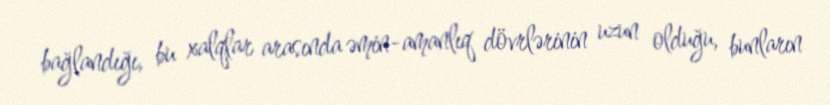
bağlandığı, bu xalqlar arasında əmin-amanlıq dövrlərinin uzun olduğu, bunların